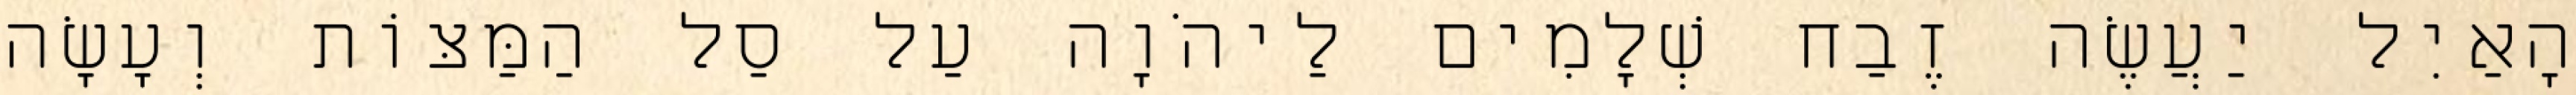
הָאַיִל יַעֲשֶׂה זֶבַח שְׁלָמִים לַיהֹוָה עַל סַל הַמַּצּוֹת וְעָשָׂה